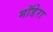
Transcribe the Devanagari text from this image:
मॉडेरा